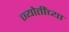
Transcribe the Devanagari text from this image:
ज्योतींच्या